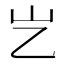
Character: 𡴯